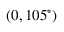
( 0 , 1 0 5 ^ { \circ } )